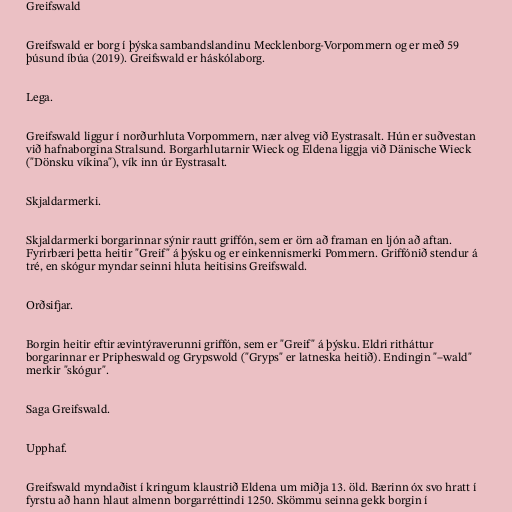
Greifswald

Greifswald er borg í þýska sambandslandinu Mecklenborg-Vorpommern og er með 59
þúsund íbúa (2019). Greifswald er háskólaborg.

Lega.

Greifswald liggur í norðurhluta Vorpommern, nær alveg við Eystrasalt. Hún er suðvestan
við hafnaborgina Stralsund. Borgarhlutarnir Wieck og Eldena liggja við Dänische Wieck
("Dönsku víkina"), vík inn úr Eystrasalt.

Skjaldarmerki.

Skjaldarmerki borgarinnar sýnir rautt griffón, sem er örn að framan en ljón að aftan.
Fyrirbæri þetta heitir "Greif" á þýsku og er einkennismerki Pommern. Griffónið stendur á
tré, en skógur myndar seinni hluta heitisins Greifswald.

Orðsifjar.

Borgin heitir eftir ævintýraverunni griffón, sem er "Greif" á þýsku. Eldri ritháttur
borgarinnar er Pripheswald og Grypswold ("Gryps" er latneska heitið). Endingin "–wald"
merkir "skógur".

Saga Greifswald.

Upphaf.

Greifswald myndaðist í kringum klaustrið Eldena um miðja 13. öld. Bærinn óx svo hratt í
fyrstu að hann hlaut almenn borgarréttindi 1250. Skömmu seinna gekk borgin í